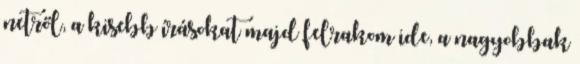
netről, a kisebb írásokat majd felrakom ide, a nagyobbak